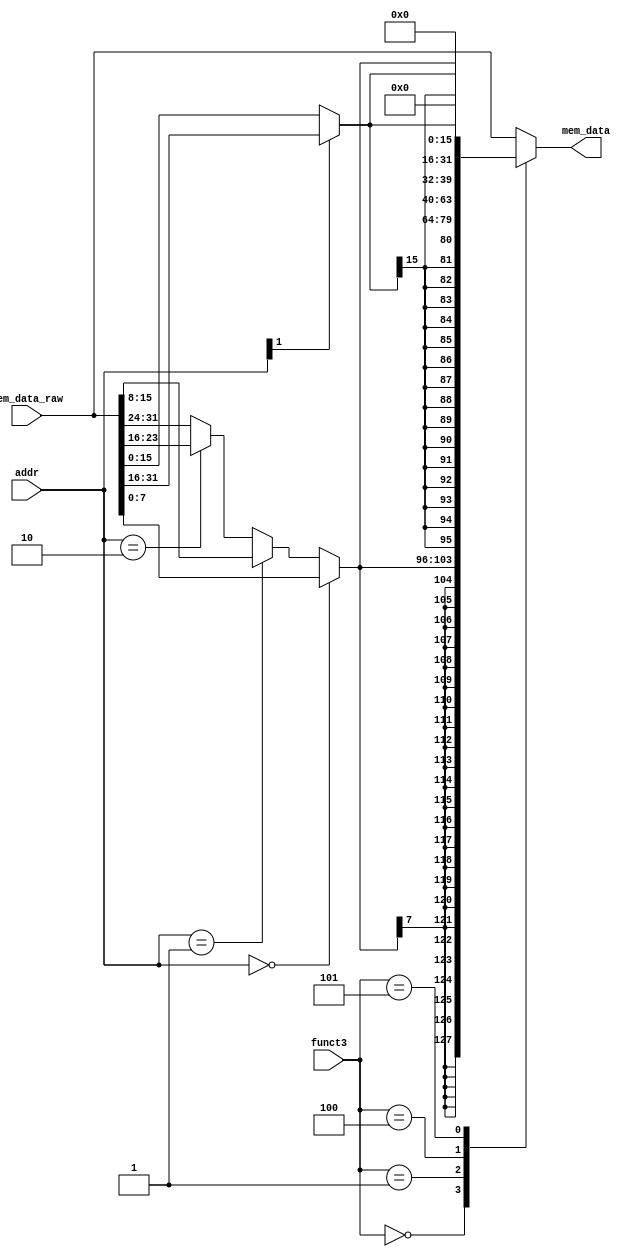
module LoadMask(
    input [31:0] mem_data_raw,
    input [1:0] addr,
    input [2:0] funct3,
    output reg [31:0] mem_data
    );

    wire [7:0] byte_data = 
        (addr == 2'b00)? mem_data_raw[7:0] :
        (addr == 2'b01)? mem_data_raw[15:8] :
        (addr == 2'b10)? mem_data_raw[23:16] : mem_data_raw[31:24];
    wire [15:0] half_data = addr[1] ? mem_data_raw[31:16] : mem_data_raw[15:0];

    always@ (*) begin
        case (funct3)
            3'b000: mem_data = {{24{byte_data[7]}}, byte_data};
            3'b001: mem_data = {{16{half_data[15]}}, half_data};
            3'b100: mem_data = {24'b0, byte_data};
            3'b101: mem_data = {16'b0, half_data};
            default: mem_data = mem_data_raw;
        endcase
    end

endmodule